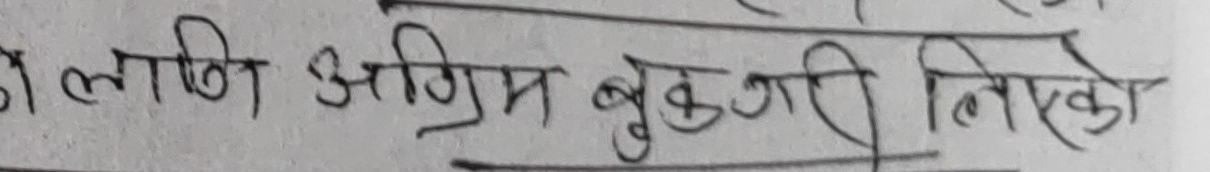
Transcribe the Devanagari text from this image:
लागि अग्रिम बुझाउन लिएको